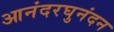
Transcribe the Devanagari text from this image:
आनंदरघुनंदन